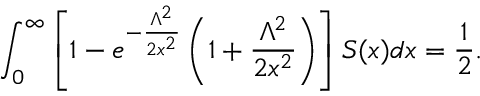
\int _ { 0 } ^ { \infty } \left[ 1 - e ^ { - \frac { \Lambda ^ { 2 } } { 2 x ^ { 2 } } } \left( 1 + \frac { \Lambda ^ { 2 } } { 2 x ^ { 2 } } \right) \right] S ( x ) d x = \frac { 1 } { 2 } .